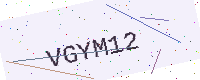
Text: VGYM12